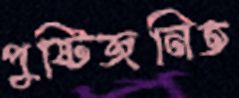
পুষ্টিজনিত